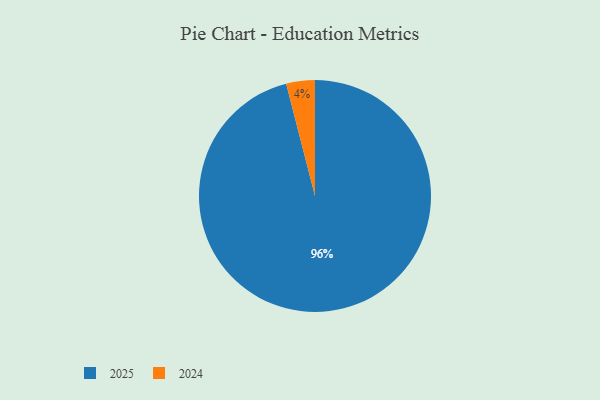
{"axis": {"x": "Category", "y": "Percentage"}, "legend": ["2024", "2025"], "data": [{"x": "2025", "y": 96, "type": "2025"}, {"x": "2024", "y": 4, "type": "2024"}]}